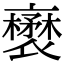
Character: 𧝺